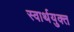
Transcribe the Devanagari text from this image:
स्वार्थयुक्त